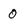
Character: 0